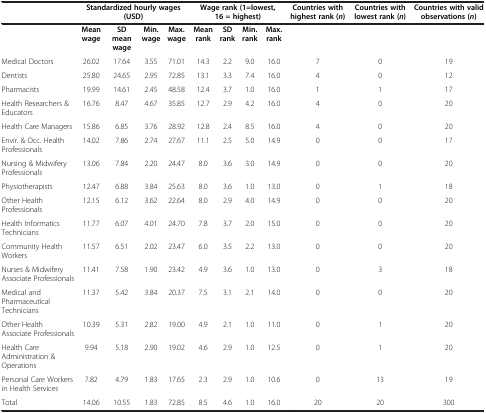
<table><thead><tr><td><b> </b></td><td colspan="4"><b>Standardized hourly wages (USD)</b></td><td colspan="4"><b>Wage rank (1=lowest, 16 = highest)</b></td><td><b>Countries with highest rank ( <i>n </i>)</b></td><td><b>Countries with lowest rank ( <i>n </i>)</b></td><td><b>Countries with valid observations ( <i>n </i>)</b></td></tr></thead><tbody><tr><td> </td><td><b>Mean wage</b></td><td><b>SD mean wage</b></td><td><b>Min. wage</b></td><td><b>Max. wage</b></td><td><b>Mean rank</b></td><td><b>SD rank</b></td><td><b>Min. rank</b></td><td><b>Max. rank</b></td><td> </td><td> </td><td> </td></tr><tr><td>Medical Doctors</td><td>26.02</td><td>17.64</td><td>3.55</td><td>71.01</td><td>14.3</td><td>2.2</td><td>9.0</td><td>16.0</td><td>7</td><td>0</td><td>19</td></tr><tr><td>Dentists</td><td>25.80</td><td>24.65</td><td>2.95</td><td>72.85</td><td>13.1</td><td>3.3</td><td>7.4</td><td>16.0</td><td>4</td><td>0</td><td>12</td></tr><tr><td>Pharmacists</td><td>19.99</td><td>14.61</td><td>2.45</td><td>48.58</td><td>12.4</td><td>3.7</td><td>1.0</td><td>16.0</td><td>1</td><td>1</td><td>17</td></tr><tr><td>Health Researchers &amp; Educators</td><td>16.76</td><td>8.47</td><td>4.67</td><td>35.85</td><td>12.7</td><td>2.9</td><td>4.2</td><td>16.0</td><td>4</td><td>0</td><td>20</td></tr><tr><td>Health Care Managers</td><td>15.86</td><td>6.85</td><td>3.76</td><td>28.92</td><td>12.8</td><td>2.4</td><td>8.5</td><td>16.0</td><td>4</td><td>0</td><td>20</td></tr><tr><td>Envir. &amp; Occ. Health Professionals</td><td>14.02</td><td>7.86</td><td>2.74</td><td>27.67</td><td>11.1</td><td>2.5</td><td>5.0</td><td>14.9</td><td>0</td><td>0</td><td>17</td></tr><tr><td>Nursing &amp; Midwifery Professionals</td><td>13.06</td><td>7.84</td><td>2.20</td><td>24.47</td><td>8.0</td><td>3.6</td><td>3.0</td><td>14.9</td><td>0</td><td>0</td><td>20</td></tr><tr><td>Physiotherapists</td><td>12.47</td><td>6.88</td><td>3.84</td><td>25.63</td><td>8.0</td><td>3.6</td><td>1.0</td><td>13.0</td><td>0</td><td>1</td><td>18</td></tr><tr><td>Other Health Professionals</td><td>12.15</td><td>6.12</td><td>3.62</td><td>22.64</td><td>8.0</td><td>2.9</td><td>4.0</td><td>14.9</td><td>0</td><td>0</td><td>20</td></tr><tr><td>Health Informatics Technicians</td><td>11.77</td><td>6.07</td><td>4.01</td><td>24.70</td><td>7.8</td><td>3.7</td><td>2.0</td><td>15.0</td><td>0</td><td>0</td><td>20</td></tr><tr><td>Community Health Workers</td><td>11.57</td><td>6.51</td><td>2.02</td><td>23.47</td><td>6.0</td><td>3.5</td><td>2.2</td><td>13.0</td><td>0</td><td>0</td><td>20</td></tr><tr><td>Nurses &amp; Midwifery Associate Professionals</td><td>11.41</td><td>7.58</td><td>1.90</td><td>23.42</td><td>4.9</td><td>3.6</td><td>1.0</td><td>13.0</td><td>0</td><td>3</td><td>18</td></tr><tr><td>Medical and Pharmaceutical Technicians</td><td>11.37</td><td>5.42</td><td>3.84</td><td>20.37</td><td>7.5</td><td>3.1</td><td>2.1</td><td>14.0</td><td>0</td><td>0</td><td>20</td></tr><tr><td>Other Health Associate Professionals</td><td>10.39</td><td>5.31</td><td>2.82</td><td>19.00</td><td>4.9</td><td>2.1</td><td>1.0</td><td>11.0</td><td>0</td><td>1</td><td>20</td></tr><tr><td>Health Care Administration &amp; Operations</td><td>9.94</td><td>5.18</td><td>2.90</td><td>19.02</td><td>4.6</td><td>2.9</td><td>1.0</td><td>12.5</td><td>0</td><td>1</td><td>20</td></tr><tr><td>Personal Care Workers in Health Services</td><td>7.82</td><td>4.79</td><td>1.83</td><td>17.65</td><td>2.3</td><td>2.9</td><td>1.0</td><td>10.6</td><td>0</td><td>13</td><td>19</td></tr><tr><td>Total</td><td>14.06</td><td>10.55</td><td>1.83</td><td>72.85</td><td>8.5</td><td>4.6</td><td>1.0</td><td>16.0</td><td>20</td><td>20</td><td>300</td></tr></tbody></table>